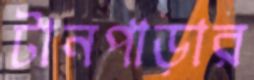
টানপাড়ার